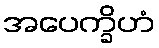
အပေက္ခိဟံ